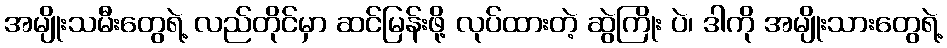
အမျိုးသမီးတွေရဲ့ လည်တိုင်မှာ ဆင်မြန်းဖို့ လုပ်ထားတဲ့ ဆွဲကြိုး ပဲ၊ ဒါကို အမျိုးသားတွေရဲ့